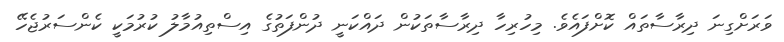
ވަރަށްގިނަ ދިރާސާތައް ކޮށްފައެވެ. މިހުރިހާ ދިރާސާތަކުން ދައްކަނީ ދުންފަތުގެ އިސްތިއުމާލު ކުރުމަކީ ކެންސަރުޖެހޭ